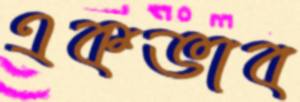
একভাব